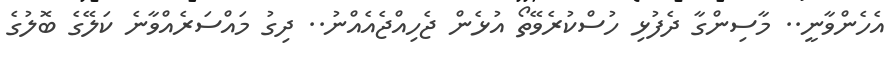
އެހެންވާނީ.. މާސިންގާ ދެފުޅި ހުސްކުރެވޭތޯ އުޅެން ޖެހިއްޖެއެއްނު.. ދިގު މައްސަރެއްވާނެ ކަލޭގެ ބޮލުގެ